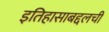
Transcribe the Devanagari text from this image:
इतिहासाबद्दलची